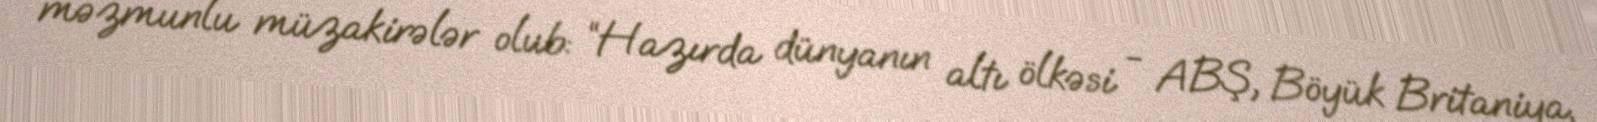
məzmunlu müzakirələr olub: “Hazırda dünyanın altı ölkəsi - ABŞ, Böyük Britaniya,